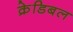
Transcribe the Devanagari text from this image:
क्रेडिबल